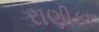
રાણીકા